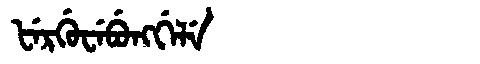
Manchu: ᡶᡝᡵᡤᡠᠸᡝᠪᡠᠩᡤᡝᠯᡝ
Romanization: FERGUWEBUNGGELE